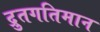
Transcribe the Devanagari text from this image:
द्रुतगतिमान